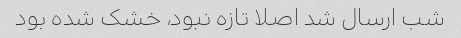
شب ارسال شد اصلا تازه نبود، خشک شده بود